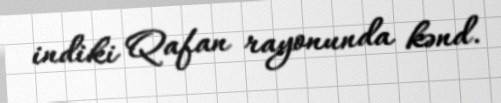
indiki Qafan rayonunda kənd.